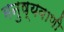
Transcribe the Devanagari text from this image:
मनुष्यवाणी